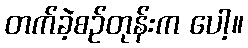
တက်ခဲ့စဉ်တုန်းက ပေါ့။